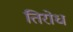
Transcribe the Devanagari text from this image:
तिरोध